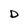
Character: D